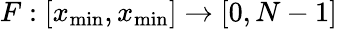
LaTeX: F:[x_{\mathrm{min}},x_{\mathrm{min}}]\to[0,N-1]